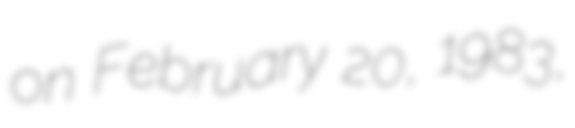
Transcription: on February 20, 1983,